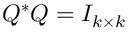
Q ^ { * } Q = I _ { k \times k }